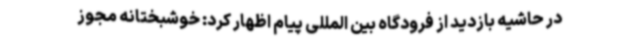
در حاشیه بازدید از فرودگاه بین المللی پیام اظهار کرد: خوشبختانه مجوز